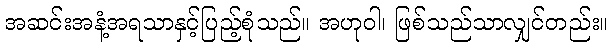
အဆင်းအနံ့အရသာနှင့်ပြည့်စုံသည်။ အဟုဝါ၊ ဖြစ်သည်သာလျှင်တည်း။